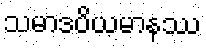
သမာဒပိယမာနဿ